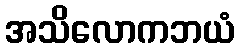
အသိလောကဘယံ